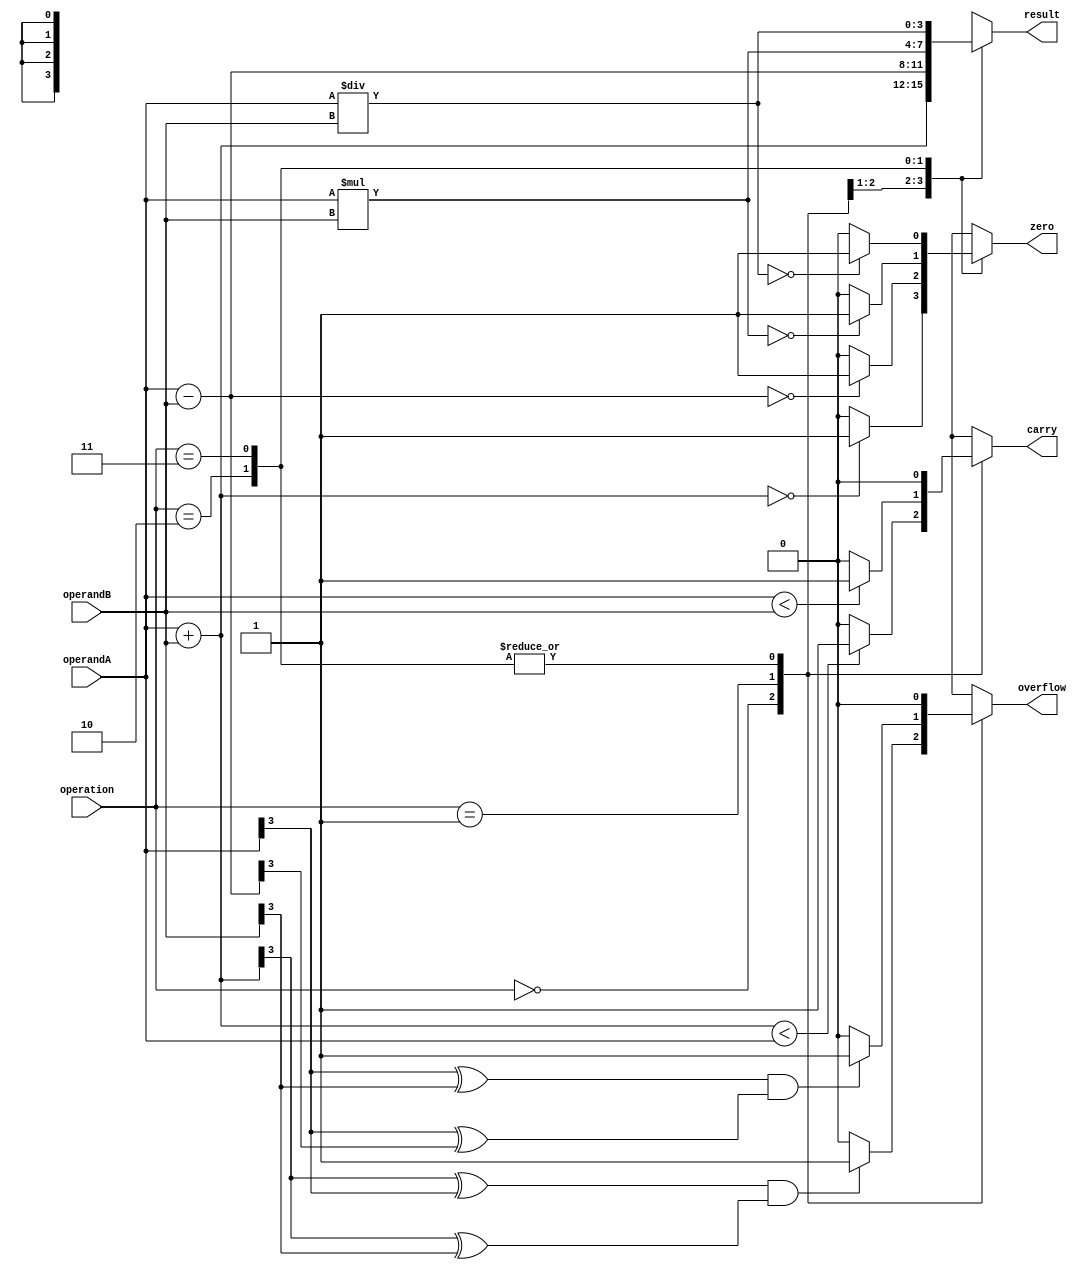
module ALU (
    input [3:0] operandA,
    input [3:0] operandB,
    input [1:0] operation,
    output reg [3:0] result,
    output reg zero,
    output reg carry,
    output reg overflow
    );

    always @(*)
    begin
        case (operation)
            2'b00: // Addition
                begin
                    result = operandA + operandB;
                    zero = (result == 4'b0000) ? 1 : 0;
                    carry = (result < operandA) ? 1 : 0;
                    overflow = (result[3] ^ operandA[3]) & (result[3] ^ operandB[3]) ? 1 : 0;
                end
            2'b01: // Subtraction
                begin
                    result = operandA - operandB;
                    zero = (result == 4'b0000) ? 1 : 0;
                    carry = (operandA < operandB) ? 1 : 0;
                    overflow = (operandA[3] ^ operandB[3]) & (operandA[3] ^ result[3]) ? 1 : 0;
                end
            2'b10: // Multiplication
                begin
                    result = operandA * operandB;
                    zero = (result == 4'b0000) ? 1 : 0;
                    carry = (result[7:4] != 4'b0000) ? 1 : 0;
                    overflow = 0;
                end
            2'b11: // Division
                begin
                    result = operandA / operandB;
                    zero = (result == 4'b0000) ? 1 : 0;
                    carry = 0;
                    overflow = 0;
                end
        endcase
    end

endmodule